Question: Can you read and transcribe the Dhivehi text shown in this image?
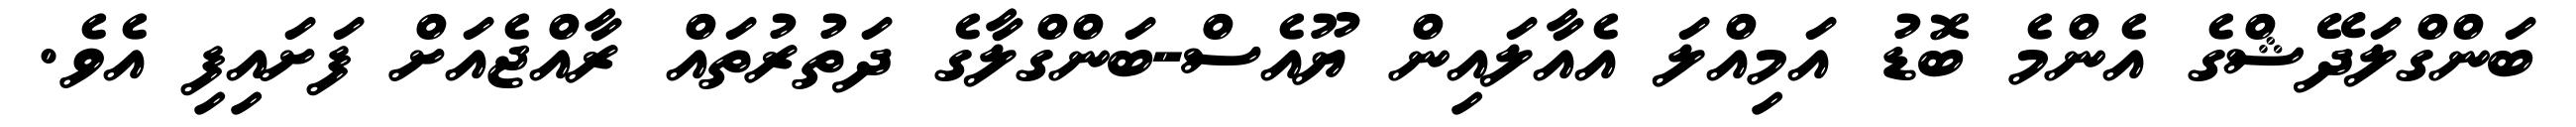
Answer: ބަންގްލަދޭޝްގެ އެންމެ ބޮޑު އަމިއްލަ އެއާލައިން ޔޫއެސް-ބަންގްލާގެ ދަތުރުތައް ރާއްޖެއަށް ފަށައިފި އެވެ.